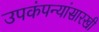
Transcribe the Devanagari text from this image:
उपकंपन्यांसारखी